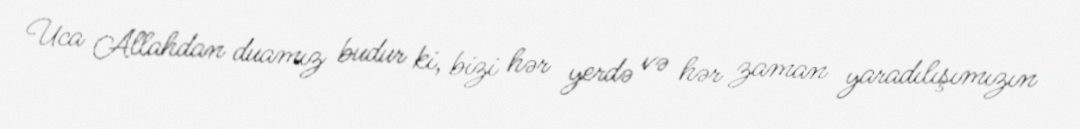
Uca Allahdan duamız budur ki, bizi hər yerdə və hər zaman yaradılışımızın